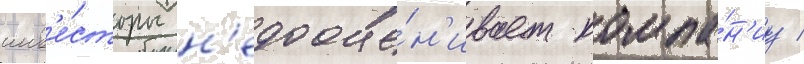
инв'е́сторы н'едооце́н'ивает компа́н'иу /